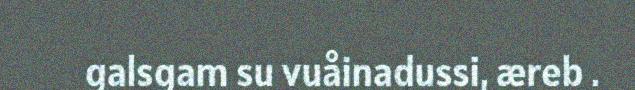
galsgam su vuåinadussi, æreb .